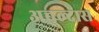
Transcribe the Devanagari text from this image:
अचल्दास